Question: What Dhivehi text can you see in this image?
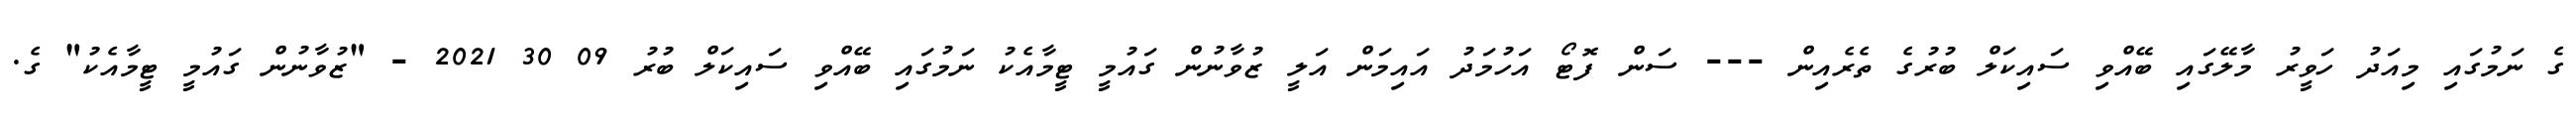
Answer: ގެ ނަމުގައި މިއަދު ހަވީރު މާލޭގައި ބޭއްވި ސައިކަލް ބުރުގެ ތެރެއިން --- ސަން ފޮޓޯ އަހުމަދު އައިމަން އަލީ ޒުވާނުން ގައުމީ ޓީމާއެކު ނަމުގައި ބޭއްވި ސައިކަލް ބުރު 09 30 2021 - "ޒުވާނުން ގައުމީ ޓީމާއެކު" ގެ.